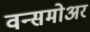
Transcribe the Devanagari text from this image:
वन्समोअर